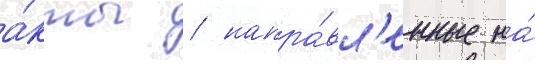
а́кты / напра́вл'енные на́